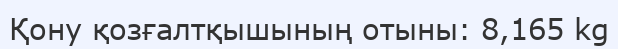
Қону қозғалтқышының отыны: 8,165 kg